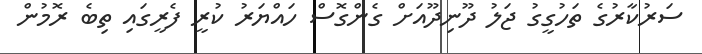
ސަރުކާރުގެ ތަހުގީގު ޖަލު ދޫނިދޫއަށް ގެންގޮސް ހައްޔަރު ކުރީ ފެރީގައި ތިބެ ރޮމުން